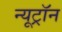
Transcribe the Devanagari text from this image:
न्यूट्राॅन